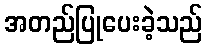
အတည်ပြုပေးခဲ့သည်